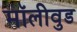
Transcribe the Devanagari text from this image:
मॉलीवुड